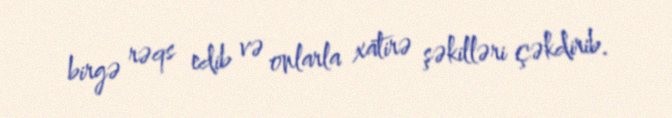
birgə rəqs edib və onlarla xatirə şəkilləri çəkdirib.